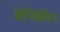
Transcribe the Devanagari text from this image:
बेन्जिमिन